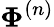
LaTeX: \boldsymbol{\Phi}^{(n)}